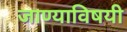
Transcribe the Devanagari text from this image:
जाण्याविषयी